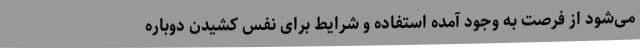
می‌شود از فرصت به وجود آمده استفاده و شرایط برای نفس کشیدن دوباره